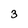
Character: 3